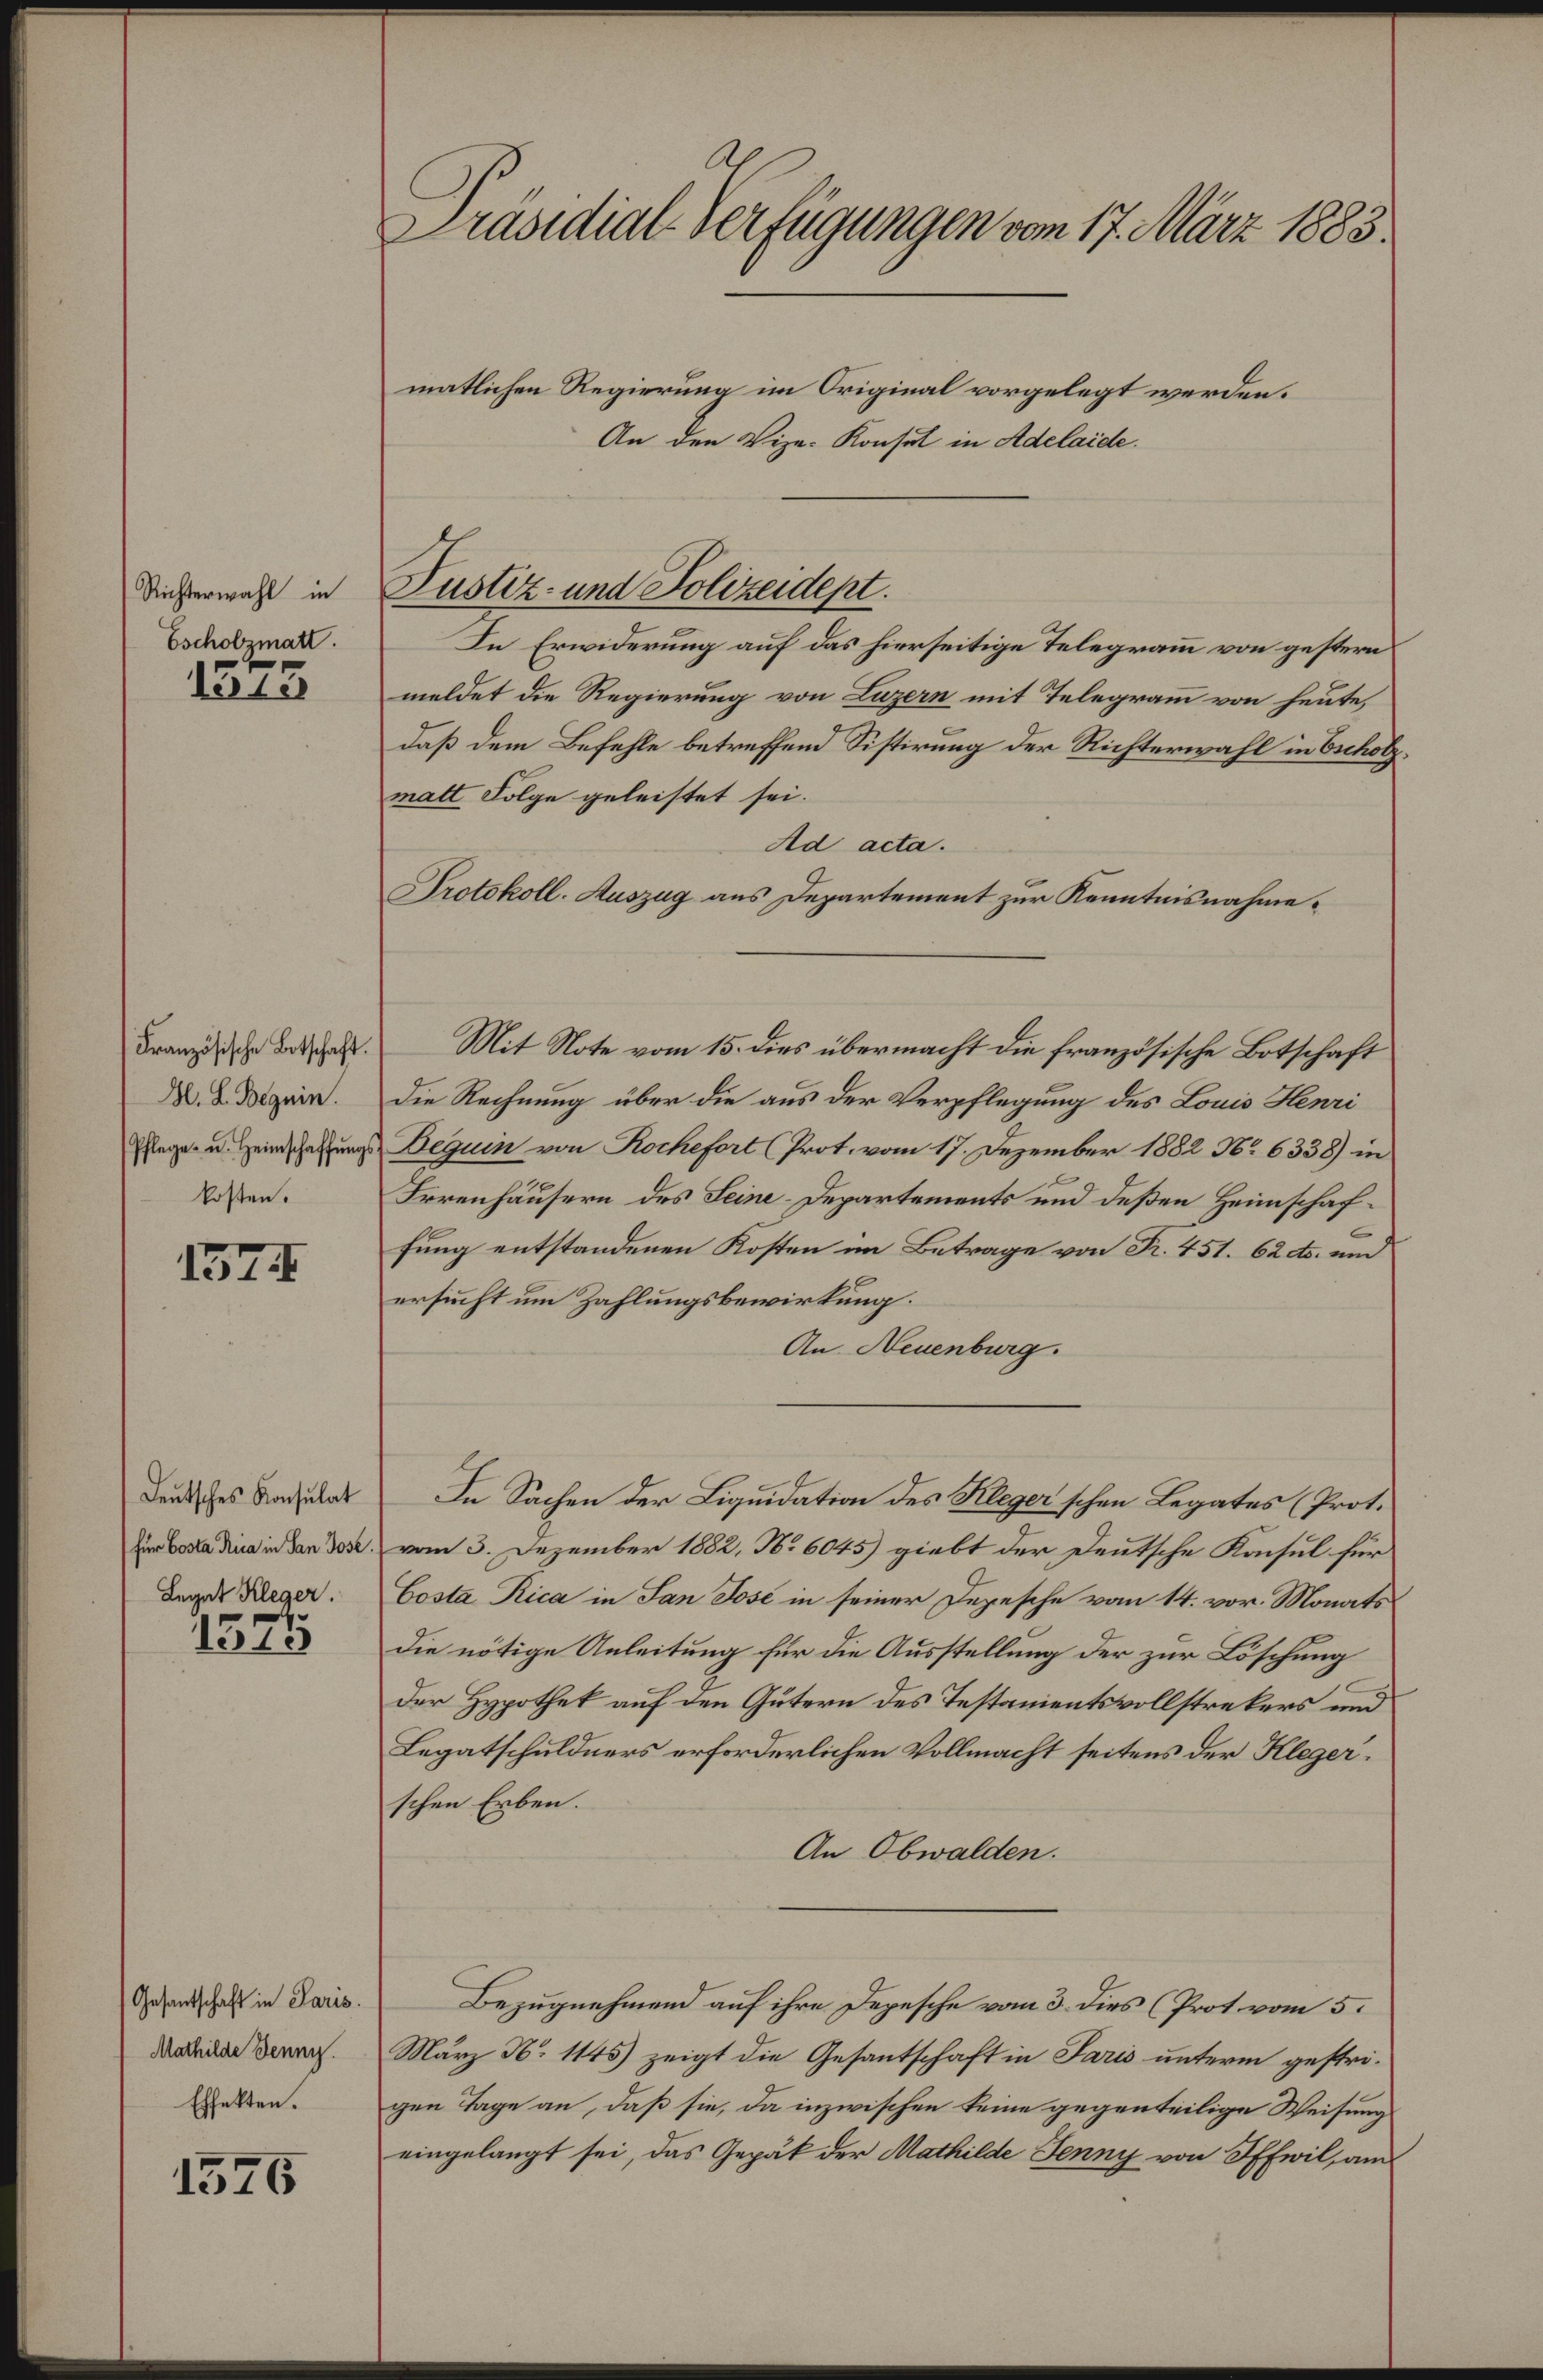
Richterwahl in
Escholzmatt.

Vete

Französische Botschaft.
H. L. Begnin.
Pflege u. Heimschaffungs
kosten.

1574

Deutsches Konsulat
(für Costa Pica in San Jose
Legat Kleger.

1575

Gesantschaft in Paris.
Mathilde Jenny.
Effekten.

1576

Präsidial-Verfügungen vom 17. März 1883.

matlichen Regierung im Original vorgelegt werden.
An den Vize-Konsul in Adelaide.
In Erwiderung auf das hierseitige Telegramm von gestern
meldet die Regierung von Luzern mit Telegramm von heute,
daß dem Befehle betreffend Sistirung der Richterwahl in Escholzmatt Folge geleistet sei.
Ad acta.
Protokoll. Auszug aus Departement zur Kenntnisnahme¬
Mit Note vom 15. dies übermacht die französische Botschaft
Die Rechnung über die aus der Verpflegung des Louis Henri
Beguin von Roche fort (Prot. vom 17. Dezember 1882 No 6338) in
Frrenhäusern des Seine-Departements und deßen Heimschaffung entstandenen Kosten im Betrage von R. 451. 62 cts. und
ersucht um Zahlungsbewirkung.
An. Neuenburg.
In Sachen der Liquidation des Kleger'schen Legates (Prot.
vom 3. Dezember 1882, No 6045) giebt der Deutsche Konsul für
Costa Rica in San Jose in seiner Depesche vom 14. vor. Monats
die nötige Anleitung für die Ausstellung der zur Löschung
der Hypothek auf den Gütern des Testamentsvollstrekers und
Legatschuldners erforderlichen Vollmacht seitens der Klegerschen Erben.
An Obwalden.
Bezugnehmend auf ihre Depesche vom 3. dies (Prot vom 5.
März N. 1145) zeigt die Gesantschaft in Paris unterm gestrigen Tage an, daß sie, da inzwischen keine gegenteilige Weisung
eingelangt sei, das Gepäck der Mathilde Jenny von Iffwil, am

Justiz- und Polizeidept.